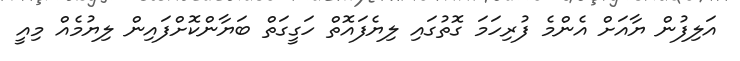
އަލިފުން ޔާއަށް އެންމެ ފުރިހަމަ ގޮތުގައި ލިޔެފައޮތް ހަގީގަތް ބަޔާންކޮށްފައިން ލިޔުމެއް މިއީ